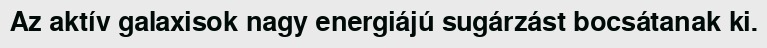
Az aktív galaxisok nagy energiájú sugárzást bocsátanak ki.